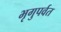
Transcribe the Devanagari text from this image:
भृगुपर्वत